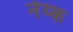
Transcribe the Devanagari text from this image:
नेय्क